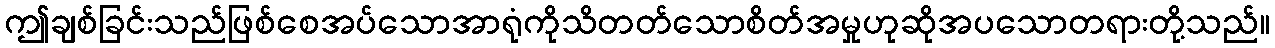
ဤချစ်ခြင်းသည်ဖြစ်စေအပ်သောအာရုံကိုသိတတ်သောစိတ်အမှုဟုဆိုအပသောတရားတို့သည်။